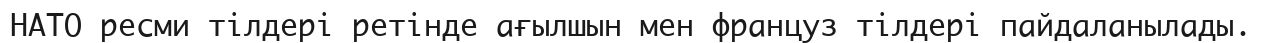
НАТО ресми тілдері ретінде ағылшын мен француз тілдері пайдаланылады.